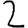
Digit: 2